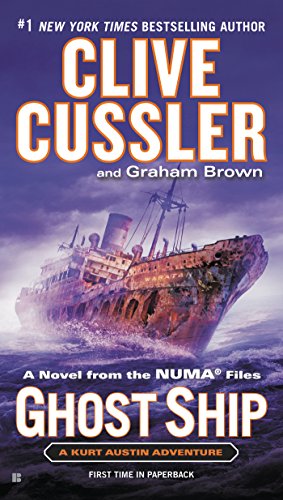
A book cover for Ghost Ship (The NUMA Files); Clive Cussler; Literature & Fiction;